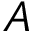
{ \cal A }